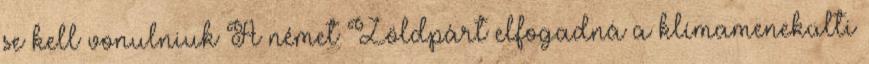
se kell vonulniuk A német Zöldpárt elfogadná a klímamenekülti